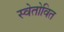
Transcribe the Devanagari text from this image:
स्वेतोवित